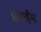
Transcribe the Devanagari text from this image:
प्रवर्दन